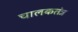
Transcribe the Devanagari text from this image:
चालकतंत्र